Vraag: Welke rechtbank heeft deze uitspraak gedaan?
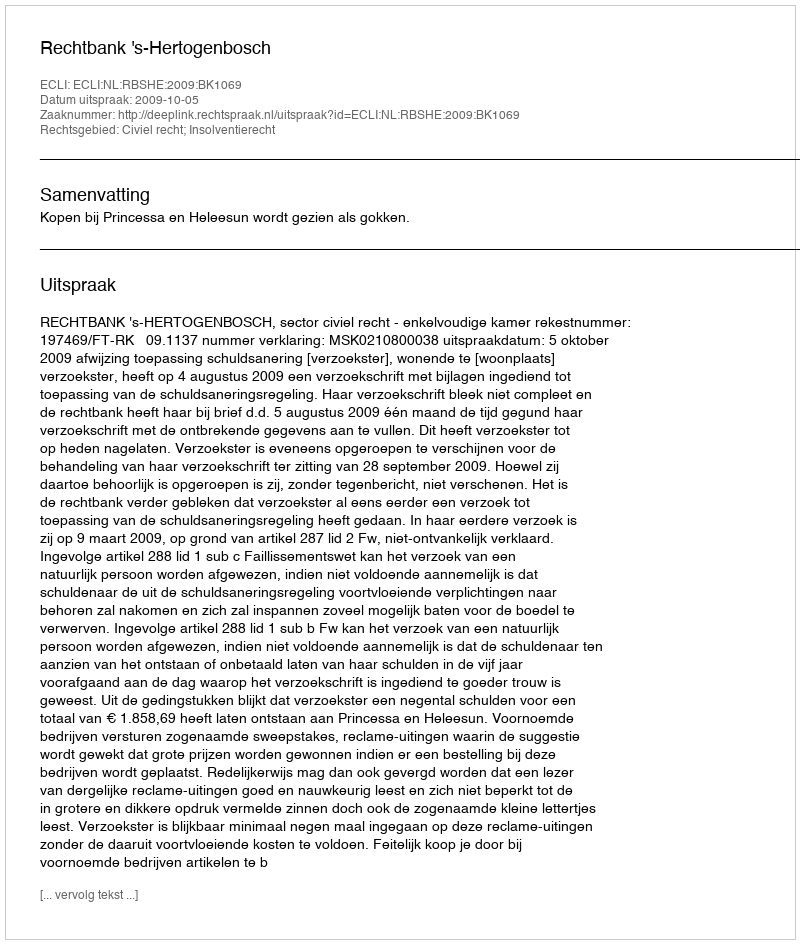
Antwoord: Rechtbank 's-Hertogenbosch